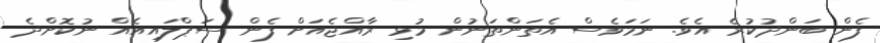
ފެން ބަންދުކުރެ އެވެ. ނަމަވެސް އެތަންތަނުން މުޅި ރާއްޖެއަށް ފެން ސަޕްލައިއެއް ނުކޮށްދެ